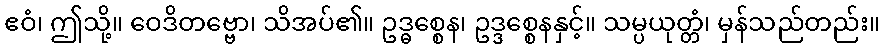
ဧဝံ၊ ဤသို့။ ဝေဒိတဗ္ဗော၊ သိအပ်၏။ ဥဒ္ဓစ္စေန၊ ဥဒ္ဒစ္စေနနှင့်။ သမ္ပယုတ္တံ၊ မှန်သည်တည်း။